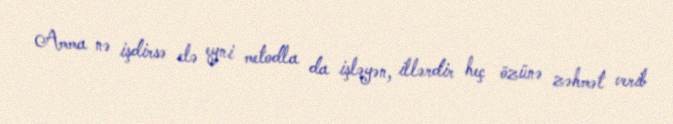
Amma nə işdirsə elə eyni metodla da işləyən, illərdir heç özünə zəhmət verib